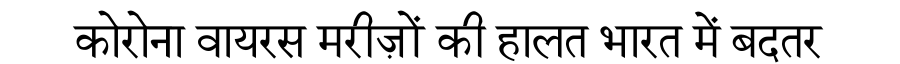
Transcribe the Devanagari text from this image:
कोरोना वायरस मरीज़ों की हालत भारत में बदतर